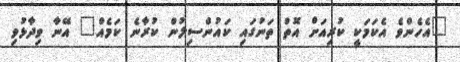
"އެހެންވެ އެކަމަކީ ކުރިއަށް އޮތް ތަނުގައި ކައުންސިލުން ކުރާނެ ކަމެއް" އޭނާ ވިދާޅުވި